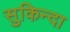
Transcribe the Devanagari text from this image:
सुकिन्दा